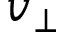
v _ { \bot }